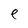
Character: e